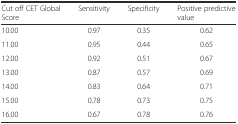
| Cut off CET Global Score | Sensitivity | Specificity | Positive predictive value |
 | --- | --- | --- | --- |
 | 10.00 | 0.97 | 0.35 | 0.62 |
 | 11.00 | 0.95 | 0.44 | 0.65 |
 | 12.00 | 0.92 | 0.51 | 0.67 |
 | 13.00 | 0.87 | 0.57 | 0.69 |
 | 14.00 | 0.83 | 0.64 | 0.71 |
 | 15.00 | 0.78 | 0.73 | 0.75 |
 | 16.00 | 0.67 | 0.78 | 0.76 |